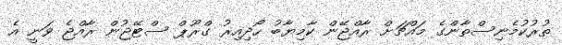
ތުރުކުމެނިސްތާންގެ މައްޗަށް ރާއްޖޭން ކާމިޔާބު ހޯދިއިރު ގްރޫޕް ސްޓޭޖުން ރާއްޖެ ވަނީ އެ